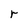
Character: r